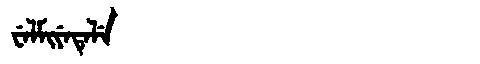
Manchu: ᠸᡝᠯᠮᡳᠶᡝᡨᡝᠯᡝ
Romanization: WELMIYETELE